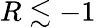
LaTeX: R\lesssim-1